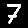
Digit: 7